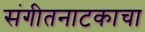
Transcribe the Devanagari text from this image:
संगीतनाटकाचा